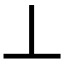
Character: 丄